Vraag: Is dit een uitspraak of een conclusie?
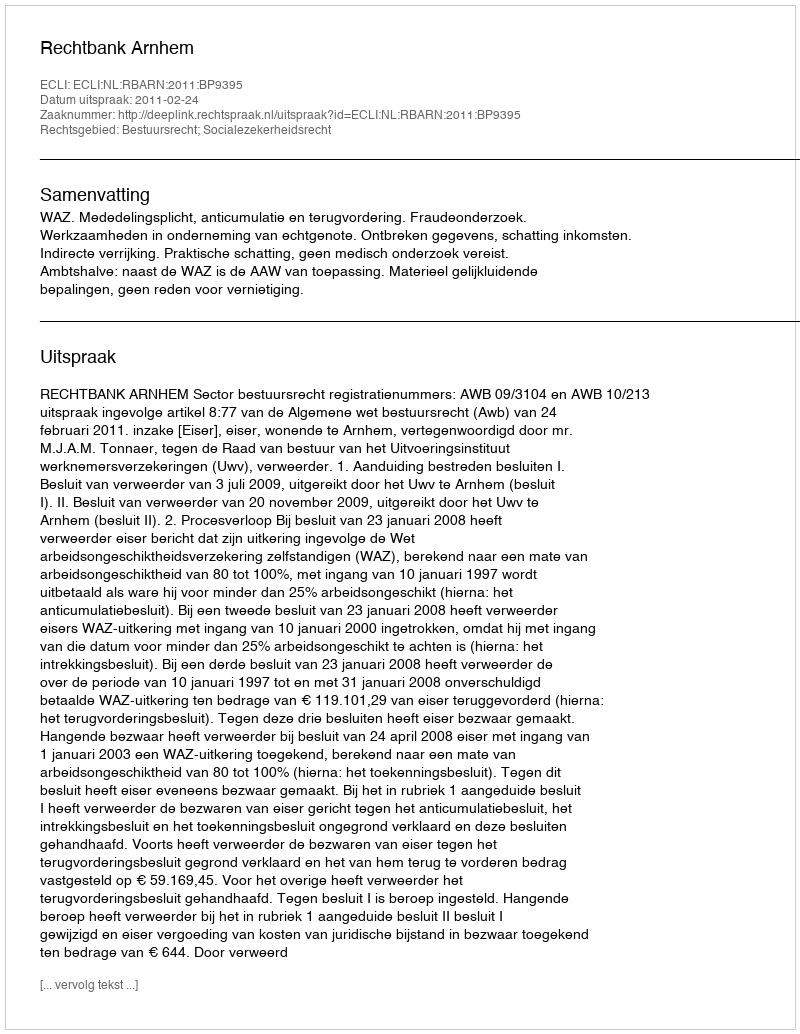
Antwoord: Uitspraak